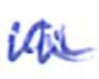
Text: a
Cross-out: zig-zag
Writing tool: ballpoint